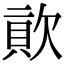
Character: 𣣬